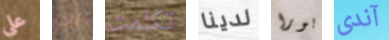
على لك تكلمت لدينا بورا آندى